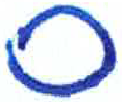
אות: ס